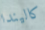
كاليندا